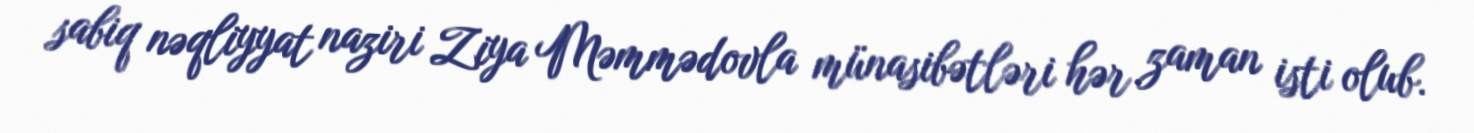
sabiq nəqliyyat naziri Ziya Məmmədovla münasibətləri hər zaman isti olub.